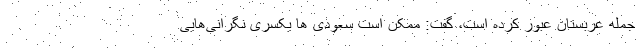
جمله عربستان عبور کرده است، گفت: ممکن است سعودی ها یکسری نگرانی‌هایی